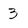
Character: 3